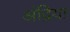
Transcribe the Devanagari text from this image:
अंद्रिया